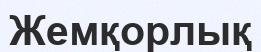
Жемқорлық